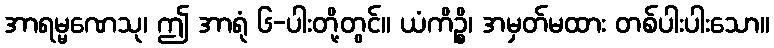
အာရမ္မဏေသု၊ ဤ အာရုံ ၆-ပါးတို့တွင်။ ယံကိဉ္စိ၊ အမှတ်မထား တစ်ပါးပါးသော။